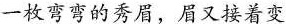
一枚弯弯的秀眉，眉又接着变